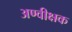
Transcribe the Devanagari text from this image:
अण्वीक्षक